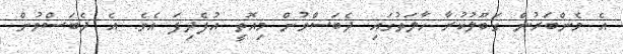
އެ މެންބަރުން ގަބޫލުކުރާ ހާލަތުގައި ދެބަސްވުން މިއޮތީ އުފެދިފަ އެވެ. އެ ދެބަސްވުން